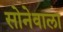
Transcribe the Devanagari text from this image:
सोनेवाला